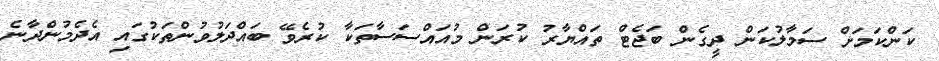
ކަންކަމަށް ސަމާލުކަން ދީގެން ބަޖެޓް ތައްޔާރު ކުރަން މުއައްސަސާތަކާ ކުރެވޭ ބައްދަލުވުންތަކުގައި އެދެމުންދާނެ